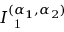
I _ { \mathrm { ~ 1 ~ } } ^ { ( \alpha _ { 1 } , \alpha _ { 2 } ) }